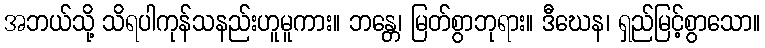
အဘယ်သို့ သိရပါကုန်သနည်းဟူမူကား။ ဘန္တေ၊ မြတ်စွာဘုရား။ ဒီဃေန၊ ရှည်မြင့်စွာသော။